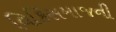
વિકિસમાજની